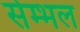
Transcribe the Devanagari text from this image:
सेम्भल